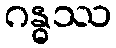
ဂန္ဓဿ